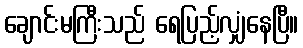
ချောင်းမကြီးသည် ရေပြည့်လျှံနေပြီ။